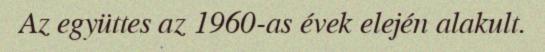
Az együttes az 1960-as évek elején alakult.